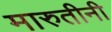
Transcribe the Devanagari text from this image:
मारुतीनी